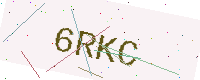
Text: 6RKC